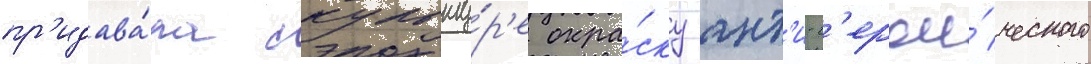
пр'идава́ла скульпту́р'е окра́ску ант'и-г'ерои́ческого